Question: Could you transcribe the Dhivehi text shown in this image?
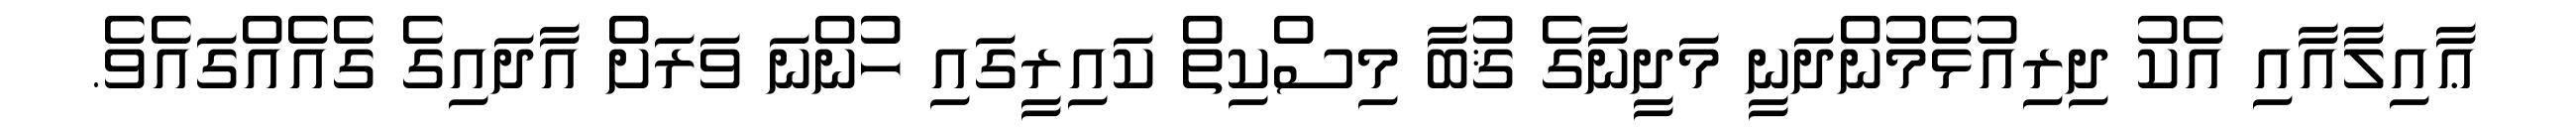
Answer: ޢާއިލާއާއި އެކު ދިރިއުޅެމުންދަނީ މަދީނާގެ ޤުބާ މިސްކިތް ކައިރީގައި ހުންނަ ވަރަށް އާދައިގެ ގެއެއްގައެވެ.